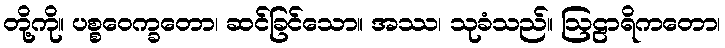
တို့ကို။ ပစ္စဝေက္ခတော၊ ဆင်ခြင်သော။ အဿ၊ သုခံသည်။ ဩဠာရိကတော၊